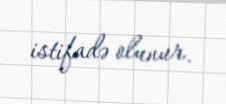
istifadə olunur.